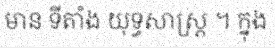
មាន ទីតាំង យុទ្ធសាស្ត្រ ។ ក្នុង